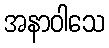
အနာဝါသေ